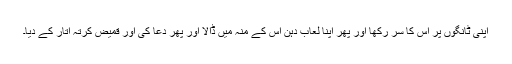
اپنی ٹانگوں پر اس کا سر رکھا اور پھر اپنا لعاب دہن اس کے منہ میں ڈالا اور پھر دعا کی اور قمیض کرتہ اتار کے دیا۔